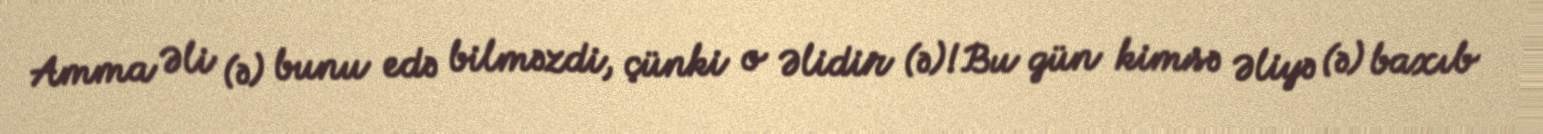
Amma Əli (ə) bunu edə bilməzdi, çünki o Əlidir (ə)!Bu gün kimsə Əliyə (ə) baxıb